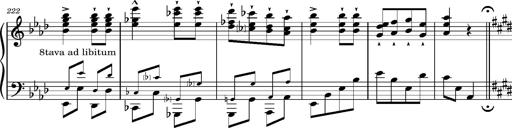
Title: Magyar rapszÃ³diÃ¡k
Composer: Franz Liszt